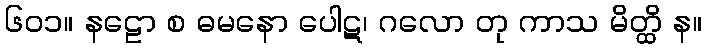
၆၀၁။ နဠော စ ဓမနော ပေါဋ၊ ဂလော တု ကာသ မိတ္ထိ န။